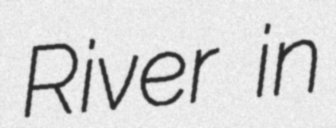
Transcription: River in